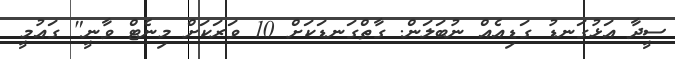
ސީދާ އަޅުގަނޑު ގަޑިއެއް ނުބަލަން. ގާތްގަނޑަކަށް 10 ވަރަކަށް މިނެޓް ވާނީ" ގައުމީ